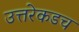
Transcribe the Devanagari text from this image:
उत्तरेकडच